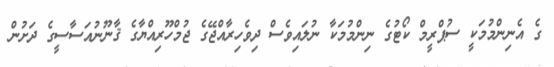
ގެ އެނިންމުމަކީ ސުޕްރީމް ކޯޓުގެ ނިންމުމަކާ ނުލައިވެސް ދިވެހިރާއްޖޭގެ ޖުމްހޫރިއްޔާގެ ޤާނޫނުއަސާސީގެ ދަށުން